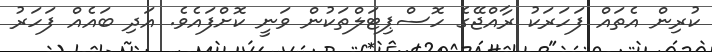
ކުރިން އެތައް ފަހަރަކު ރާއްޖޭގެ ހޮސްޕިޓަލްތަކުން ވަނީ ކޮށްފައެވެ. އަދި ބައެއް ފަހަރު